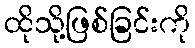
ထိုသို့ဖြစ်ခြင်းကို